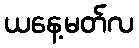
ယနေ့မတ်လ